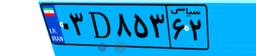
۰۳D۸۵۳۶۲